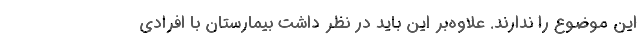
این موضوع را ندارند. علاوه‌بر این باید در نظر داشت بیمارستان با افرادی